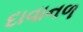
દાવાનળ